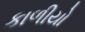
કાળીયો